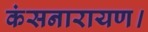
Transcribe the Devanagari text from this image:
कंसनारायण।